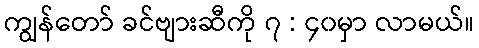
ကျွန်တော် ခင်ဗျားဆီကို ၇ : ၄၀မှာ လာမယ်။